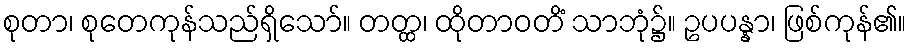
စုတာ၊ စုတေကုန်သည်ရှိသော်။ တတ္ထ၊ ထိုတာဝတိံ သာဘုံ၌။ ဥပပန္နာ၊ ဖြစ်ကုန်၏။